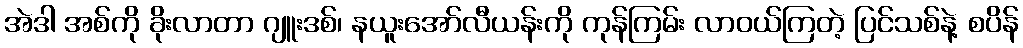
အဲဒါ အစ်ကို ခိုးလာတာ ဂျူးဒစ်၊ နယူးအော်လီယန်းကို ကုန်ကြမ်း လာဝယ်ကြတဲ့ ပြင်သစ်နဲ့ စပိန်